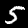
Label: 5